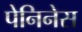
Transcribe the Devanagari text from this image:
पेनिनेस